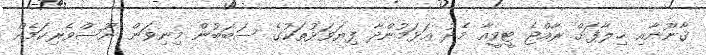
ޤާނޫނާއި ޚިލާފަށް ރާއްޖެ ޓީވީއާ މެދު އަޅަމުންދާ ފިޔަވަޅުތަކުގެ ސަބަބުން މިނިވަން ނޫސްވެރިކަމެއް